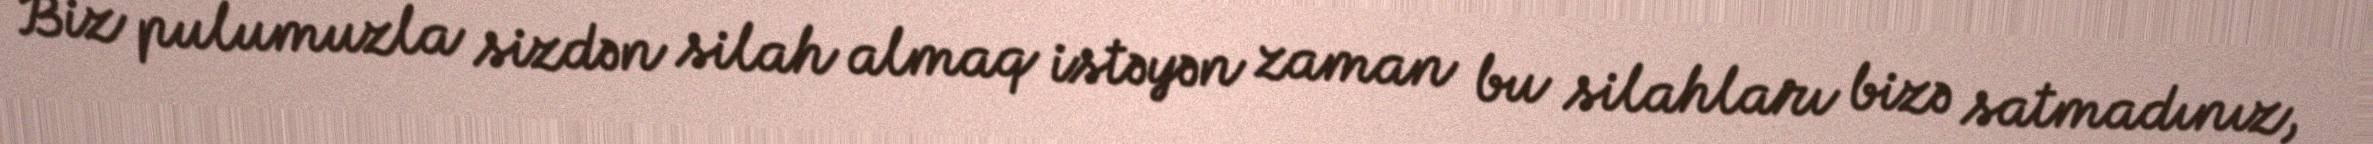
Biz pulumuzla sizdən silah almaq istəyən zaman bu silahları bizə satmadınız,